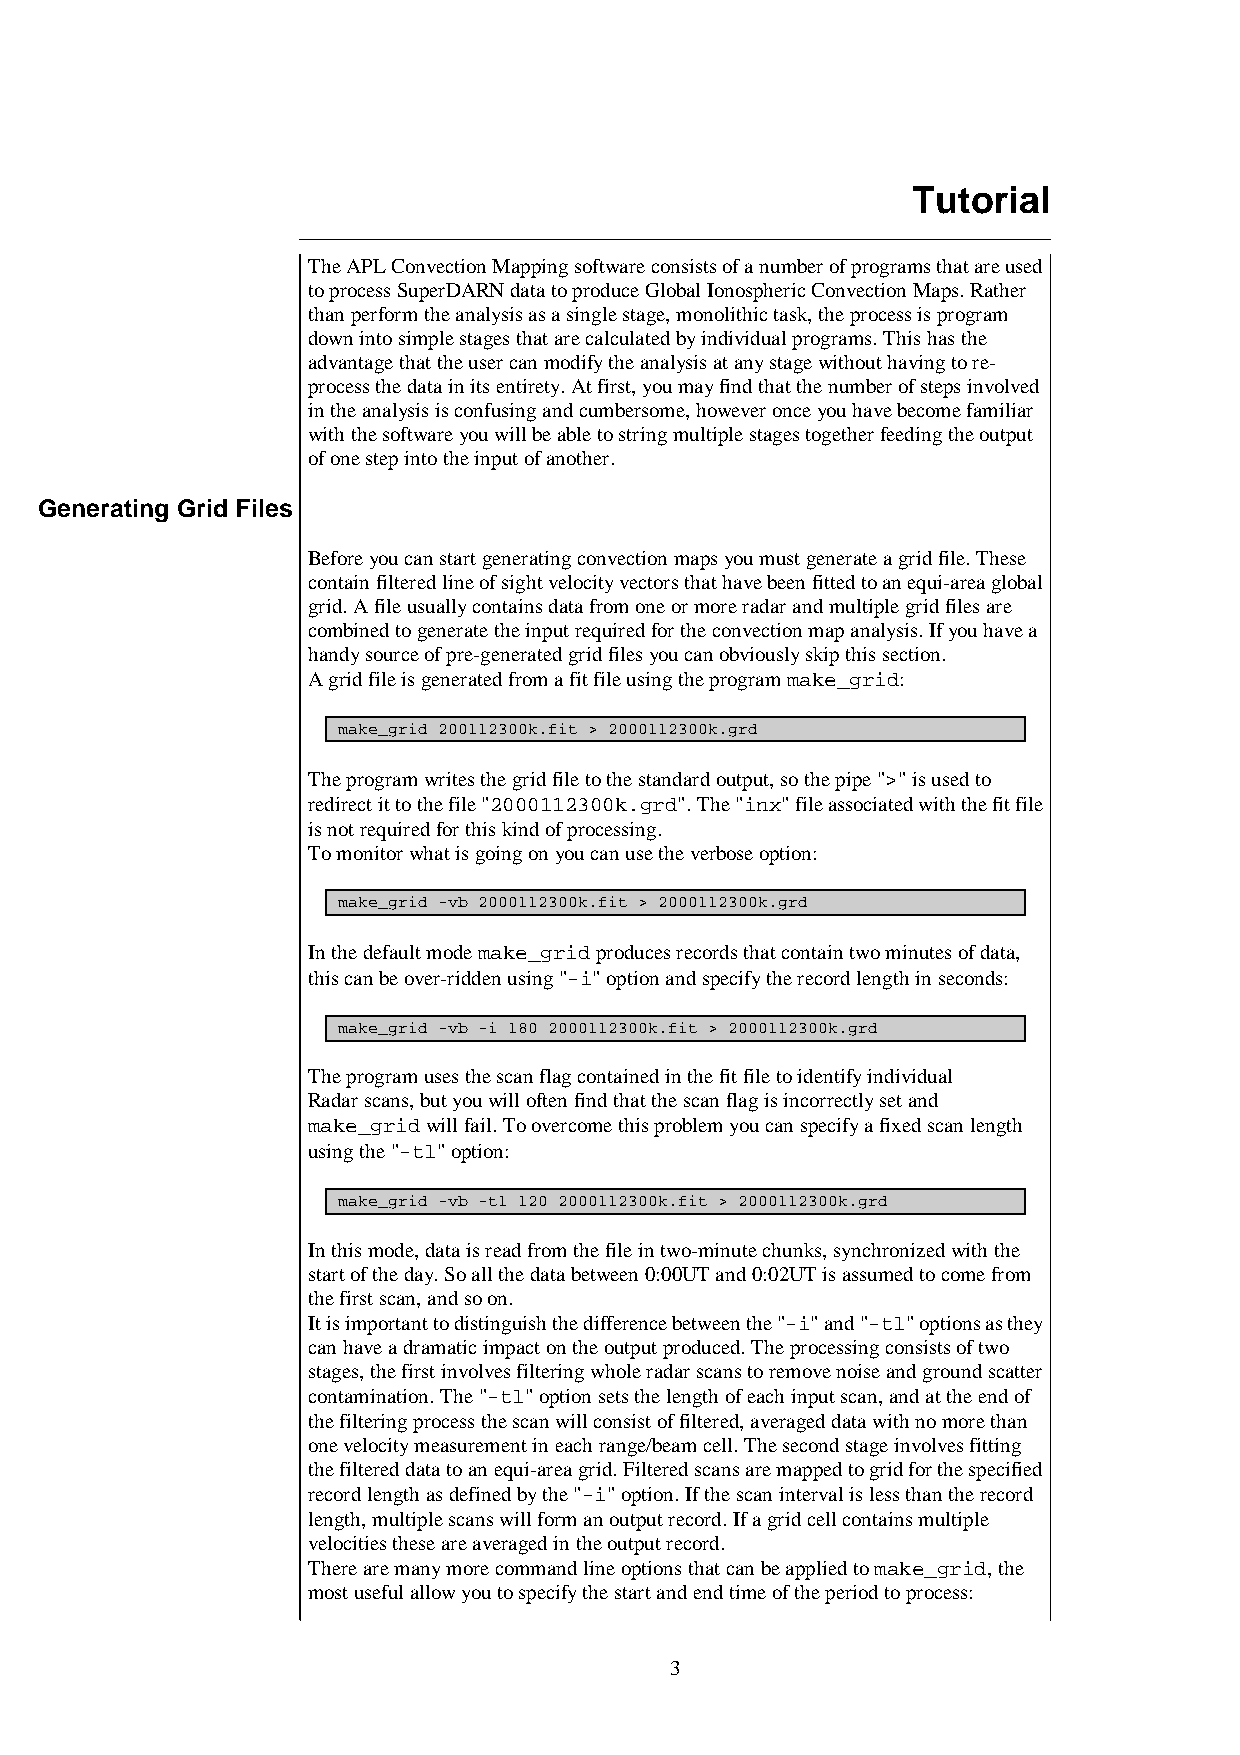
Tutorial
 The APL Convection Mapping software consists of a number of programs that are used
 to process SuperDARN data to produce Global Ionospheric Convection Maps. Rather
 than perform the analysis as a single stage, monolithic task, the process is program
 down into simple stages that are calculated by individual programs. This has the
 advantage that the user can modify the analysis at any stage without having to re-
 process the data in its entirety. At first, you may find that the number of steps involved
 in the analysis is confusing and cumbersome, however once you have become familiar
 with the software you will be able to string multiple stages together feeding the output
 of one step into the input of another.
 Generating Grid Files
 Before you can start generating convection maps you must generate a grid file. These
 contain filtered line of sight velocity vectors that have been fitted to an equi-area global
 grid. A file usually contains data from one or more radar and multiple grid files are
 combined to generate the input required for the convection map analysis. If you have a
 handy source of pre-generated grid files you can obviously skip this section.
 A grid file is generated from a fit file using the program make_grid:
 make_grid 200112300k.fit > 2000112300k.grd
 The program writes the grid file to the standard output, so the pipe ">" is used to
 redirect it to the file "2000112300k.grd". The "inx" file associated with the fit file
 is not required for this kind of processing.
 To monitor what is going on you can use the verbose option:
 make_grid -vb 2000112300k.fit > 2000112300k.grd
 In the default mode make_grid produces records that contain two minutes of data,
 this can be over-ridden using "-i" option and specify the record length in seconds:
 make_grid -vb -i 180 2000112300k.fit > 2000112300k.grd
 The program uses the scan flag contained in the fit file to identify individual
 Radar scans, but you will often find that the scan flag is incorrectly set and
 make_grid will fail. To overcome this problem you can specify a fixed scan length
 using the "-tl" option:
 make_grid -vb -tl 120 2000112300k.fit > 2000112300k.grd
 In this mode, data is read from the file in two-minute chunks, synchronized with the
 start of the day. So all the data between 0:00UT and 0:02UT is assumed to come from
 the first scan, and so on.
 It is important to distinguish the difference between the "-i" and "-tl" options as they
 can have a dramatic impact on the output produced. The processing consists of two
 stages, the first involves filtering whole radar scans to remove noise and ground scatter
 contamination. The "-tl" option sets the length of each input scan, and at the end of
 the filtering process the scan will consist of filtered, averaged data with no more than
 one velocity measurement in each range/beam cell. The second stage involves fitting
 the filtered data to an equi-area grid. Filtered scans are mapped to grid for the specified
 record length as defined by the "-i" option. If the scan interval is less than the record
 length, multiple scans will form an output record. If a grid cell contains multiple
 velocities these are averaged in the output record.
 There are many more command line options that can be applied to make_grid, the
 most useful allow you to specify the start and end time of the period to process:
 3